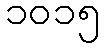
၁၀၁၅